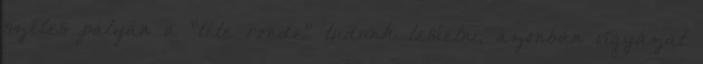
széles pályán a "téte ronde" tudunk lesíelni, azonban vigyázat